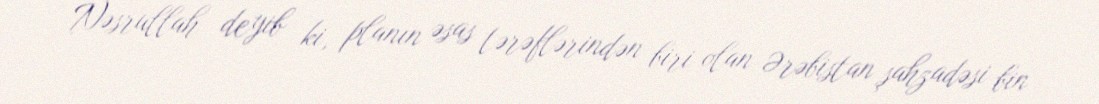
Nəsrullah deyib ki, planın əsas tərəflərindən biri olan Ərəbistan şahzadəsi bin